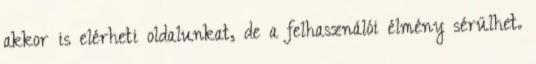
akkor is elérheti oldalunkat, de a felhasználói élmény sérülhet.